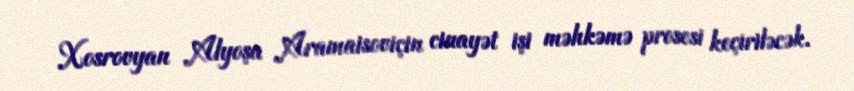
Xosrovyan Alyoşa Aramaisoviçin cinayət işi məhkəmə prosesi keçiriləcək.